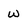
Character: w